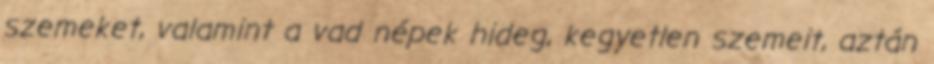
szemeket, valamint a vad népek hideg, kegyetlen szemeit, aztán